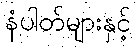
နံပါတ်များနှင့်